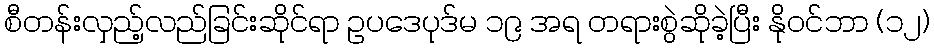
စီတန်းလှည့်လည်ခြင်းဆိုင်ရာ ဥပဒေပုဒ်မ ၁၉ အရ တရားစွဲဆိုခဲ့ပြီး နိုဝင်ဘာ (၁၂)